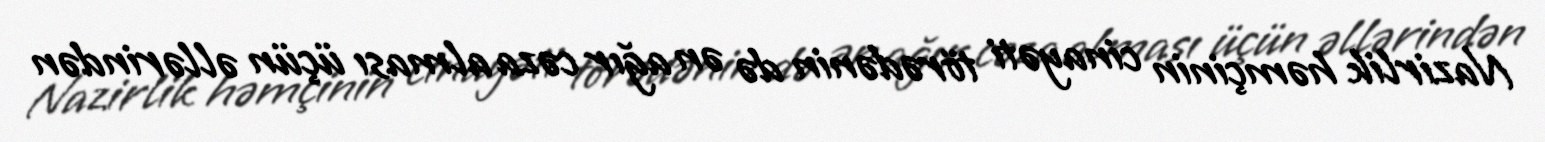
Nazirlik həmçinin cinayəti törədənin də ən ağır cəza alması üçün əllərindən